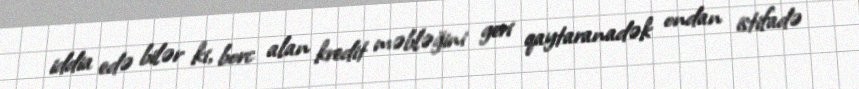
iddia edə bilər ki, borc alan kredit məbləğini geri qaytaranadək ondan istifadə